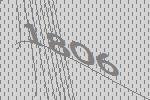
1806